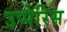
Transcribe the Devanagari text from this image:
उप्पेरिस